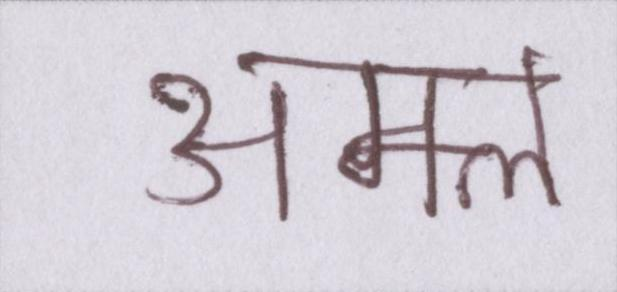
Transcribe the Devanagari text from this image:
अम्ल